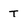
Character: T